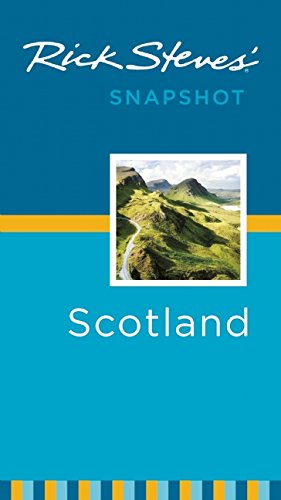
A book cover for Rick Steves' Snapshot Scotland; Rick Steves; Travel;